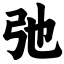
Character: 弛